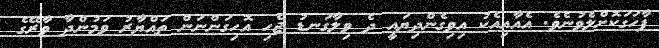
ފާހަގަކޮށްލެެވުނެވެ. އެއާއިއެކު އިވިގެންދިޔައީ ދެ ވިލާގަނޑުު ޖެހި އޮހިގަންނަން ތައްޔާރު ވަމުންދާ ވާރޭޭގެ